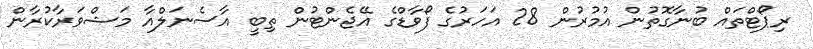
ރިޕޯޓްތައް ބުނާގޮތުން އުމުރުން 28 އަހަރުގެ ފޯވާޑްގެ އޭޖެންޓުން ތިބީ އާސެނަލްއާ މަޝްވަރާކުރާން